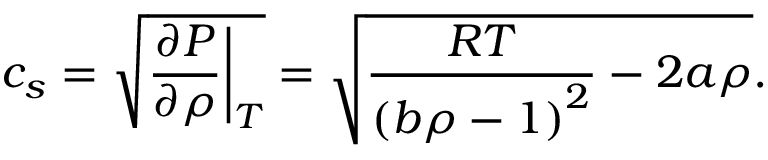
c _ { s } = \sqrt { \frac { \partial P } { \partial \rho } \bigg | _ { T } } = \sqrt { \frac { R T } { { ( b \rho - 1 ) } ^ { 2 } } - 2 a \rho } .